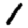
Digit: 1